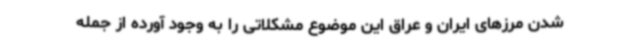
شدن مرزهای ایران و عراق این موضوع مشکلاتی را به وجود آورده از جمله